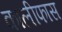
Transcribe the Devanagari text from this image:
कालीफास